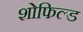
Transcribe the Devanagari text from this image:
शोफिल्ड